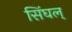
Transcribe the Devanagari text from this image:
सिंघल्